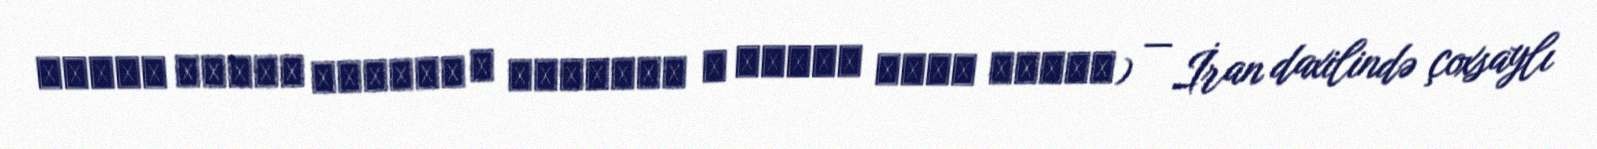
وزارت میراث فرهنگی ، گردشگری و صنایع دستی ایران) — İran daxilində çoxsaylı